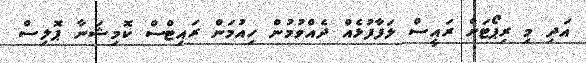
އަދި މި ރިޕޯޓަށް ރައީސް ލަފާފުޅެއް ދެއްވުމުން ހިއުމަން ރައިޓްސް ކޮމިޝަނާ ޕޮލިސް